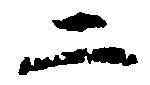
二